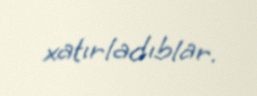
xatırladıblar.